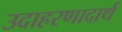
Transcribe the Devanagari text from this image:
उदाहरणादार्थ